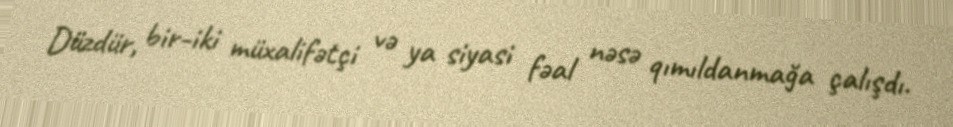
Düzdür, bir-iki müxalifətçi və ya siyasi fəal nəsə qımıldanmağa çalışdı.